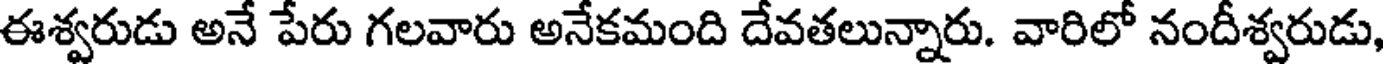
ఈశ్వరుడు అనే పేరు గలవారు అనేకమంది దేవతలున్నారు. వారిలో నందీశ్వరుడు,